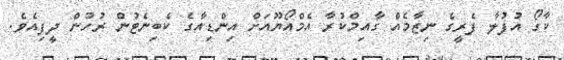
ކާގޯ އުފުލާ ފެރީގެ ނިޒާމެއް ގާއިމްކުރާ އެމްއޯޔޫއަށް އިންޑިއާގެ ކެބިނެޓުން ރުހުން ދީފިއެވެ.